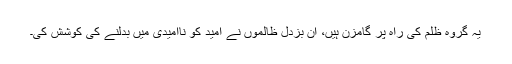
یہ گروہ ظلم کی راہ پر گامزن ہیں، ان بزدل ظالموں نے امید کو ناامیدی میں بدلنے کی کوشش کی۔